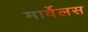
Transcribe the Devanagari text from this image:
मार्वेलस